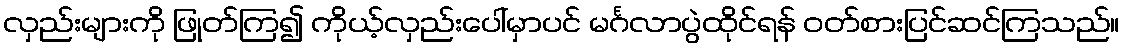
လှည်းများကို ဖြုတ်ကြ၍ ကိုယ့်လှည်းပေါ်မှာပင် မင်္ဂလာပွဲထိုင်ရန် ဝတ်စားပြင်ဆင်ကြသည်။